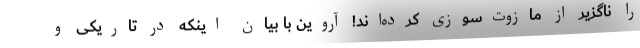
را ناگزیر از مازوت‌سوزی کرده‌اند! آروین با بیان اینکه در تاریکی و